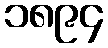
၁၈၉၄